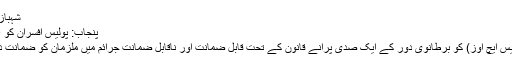
شہباز شریف نے عدالت میں موقف مزید پڑھیں
پنجاب: پولیس افسران کو 120 سال پرانے اختیارات واپس مل گئے
لاہور: پنجاب میں اسٹیشن ہاؤس آفیسرز (ایس ایچ اوز) کو برطانوی دورِ کے ایک صدی پرانے قانون کے تحت قابلِ ضمانت اور ناقابلِ ضمانت جرائم میں ملزمان کو ضمانت دینے کے عدالتی اختیارات واپس مل گئے۔